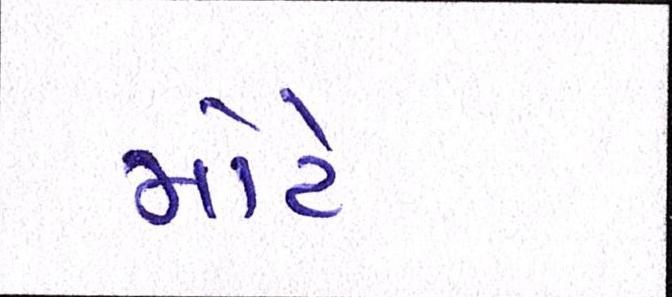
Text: મોટે